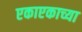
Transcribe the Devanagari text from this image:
एकाएकाच्या